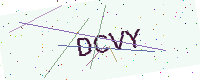
Text: DCVY